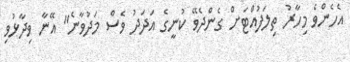
އެހެންވެ މިހާރު ތިލަފުއްޓަށް ގެންދެވޭ ކުނީގެ އަދަދު ވެސް މަދުވާނެ" އޭނާ ވިދާޅުވި